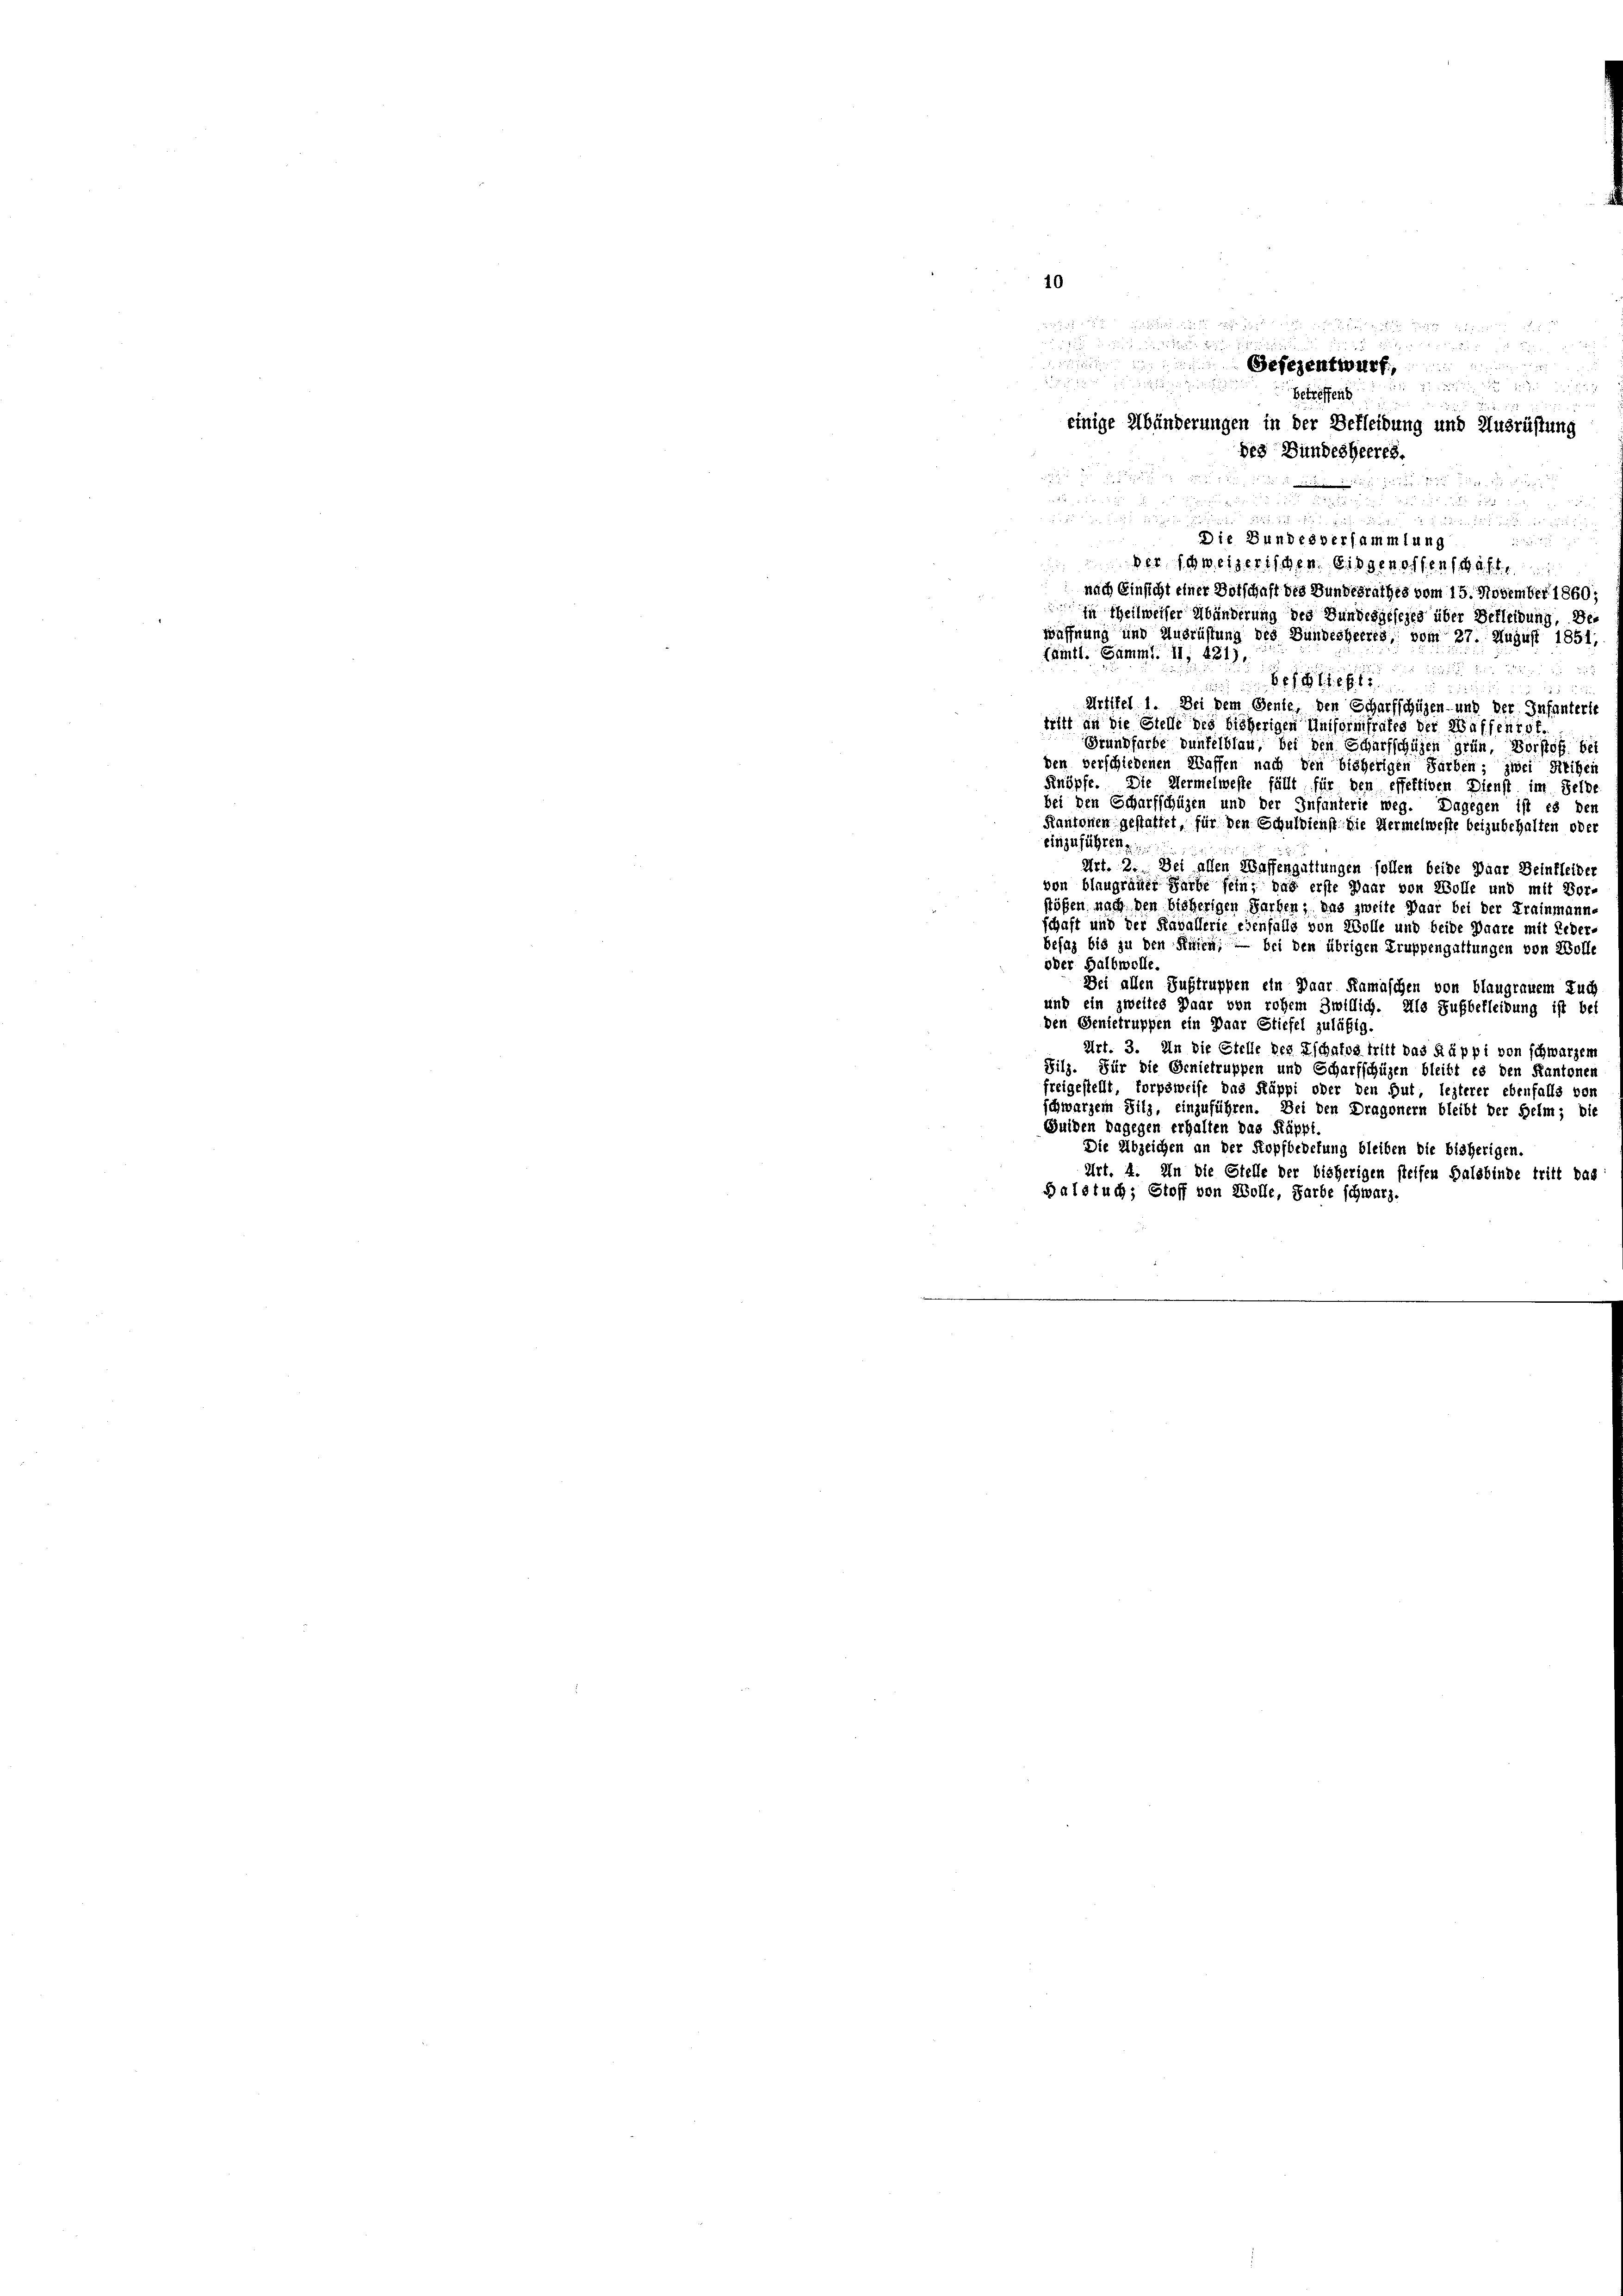
10

id in den

.Gesezentwurf,

betreffens
einige Abänderungen in der Bekleidung und Ausrüstung
des Bundesheeres.
Belief

2

Artikel 1. Dei dem Bente, den Scharfschüzen und der Infanterte
tritt an die Stelle des bisherigen Uniformfrates der Waffentof.
Grundfarbe unfelblau, bei den Scharfschüzen grün, Vorstof bei
den verschiedenen Waffen nach den bisherigen Farben; zwei Seiten
Knöpfe. Die Hermelweste fällt für den effektiven Dienst im Selb
bei den Scharfschüzen und der Infunterie weg. Dagegen ist es der
Kantonen gestattet, für den Schuldienst die Hermelweste beizubehalten oder
einzuführen.
Art. 2. Der allen Waffengattungen sollen beide Paar Beinkleider
von blaugrauer Farbe sein, das erste Waar von Wolle und mit Vor-
stößen nach den bisherigen Farben, das zweite Paar bei der Frainmanne
schaft und der Kavallerie ebenfalls von Wolle und beide Paare mit Leder-
besag bis zu den Seien; — bei den übrigen Truppengattungen von Wolle
oder Halbwolle
Bei allen Sustruppen ein Paar Kamaschen von blaugrauem Zuch
und ein zweites Paar von rohem Zwillich. Als Fußbefleidung ist bei
den Genietruppen ein Paar Stiefel zuläßig.
Art. 3. In die Stelle des Eschafts tritt das Räppi von schwarzem
Filz. Für die Genietruppen und Scharfschüzen bleibt es den Kantonen
freigestellt, forpsweise das Käppi oder den Gut, lezterer ebenfalls vor
schwarzem Sitz, einzuführen. Dei den Dragonern bleibt der Helm; bie
Guiden dagegen erhalten das Räppt.
Die Abzeichen an der Kopfbedetung bleiben die bisherigen.
Art. 4. In die Stelle der bisherigen steifen Halsbinde tritt das
Balstuch; Stoff von Wolle, Farbe schwarz.

xx
d
uard der seit diese Kreis 227. 22 u. dies wäre stundes Buch in d
Die Bundesversammlung

22
Der Schweizerischen Eidgenossenschaft
nach Einsicht einer Botschaft des Bundesrathes vom 15. November 1860.
In Theilweiser Abänderung des Bundesgesezes über Bekleidung, Bewaffnung und Ausrüffung des Bundesheerts, vom 27. August 1851,
Tamtl. Samml. 11, 421).